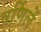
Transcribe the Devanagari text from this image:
वर्णिलें